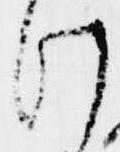
け